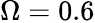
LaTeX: \Omega=0.6